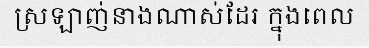
ស្រឡាញ់នាងណាស់ដែរ ក្នុងពេល